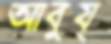
আবুয্